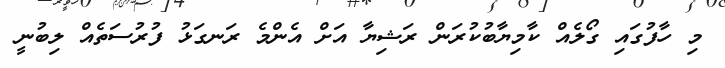
މި ހާފުގައި ގޯލެއް ކާމިޔާބުކުރަން ރަޝިޔާ އަށް އެންމެ ރަނގަޅު ފުރުސަތެއް ލިބުނީ